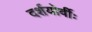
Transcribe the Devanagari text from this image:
दर्शयोर्वीः